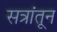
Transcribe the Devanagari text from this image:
सत्रांतून